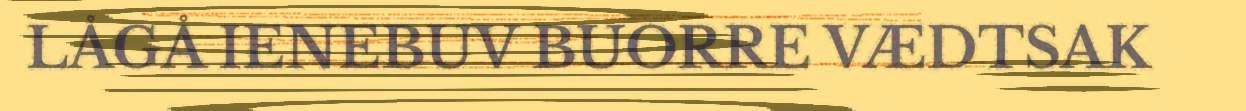
LÅGÅ IENEBUV BUORRE VÆDTSAK